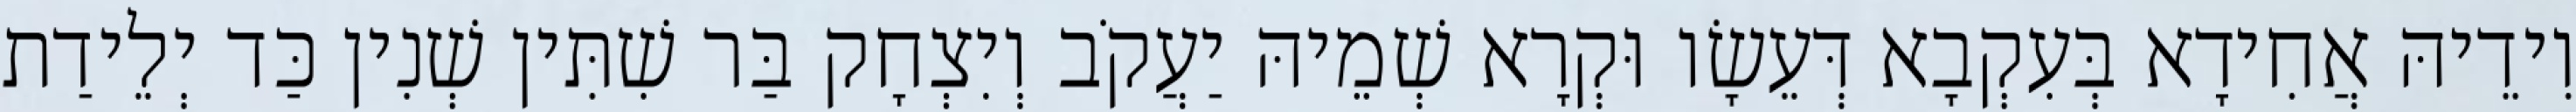
וִידֵיהּ אֲחִידָא בְּעִקְבָא דְּעֵשָׂו וּקְרָא שְׁמֵיהּ יַעֲקֹב וְיִצְחָק בַּר שִׁתִּין שְׁנִין כַּד יְלֵידַת